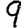
Digit: 9